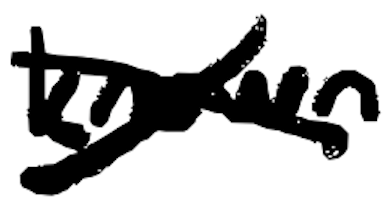
Text: known
Cross-out: cross
Writing tool: digital_black